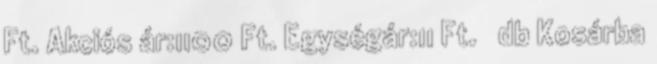
Ft. Akciós ár:1100 Ft. Egységár:11 Ft. db Kosárba